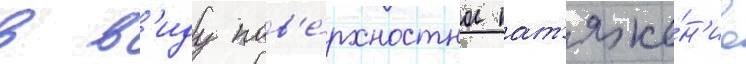
в в'иду пов'е́рхностное нат'яже́н'ие